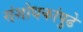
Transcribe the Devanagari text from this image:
संशोधकांपुढे